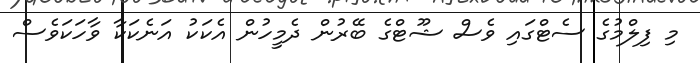
މި ފިލްމުގެ ސެޓްގައި ވެސް ޝޫޓްގެ ބޭރުން ދެމީހުން އެކަކު އަނެކަކާ ވާހަކަވެސް